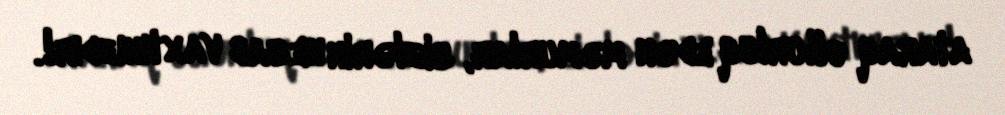
ataraq oğurluq edən məmurlar, sizlərin hesab vaxtınızdır!.